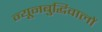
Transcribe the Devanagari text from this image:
न्यूनबुद्धिवालों